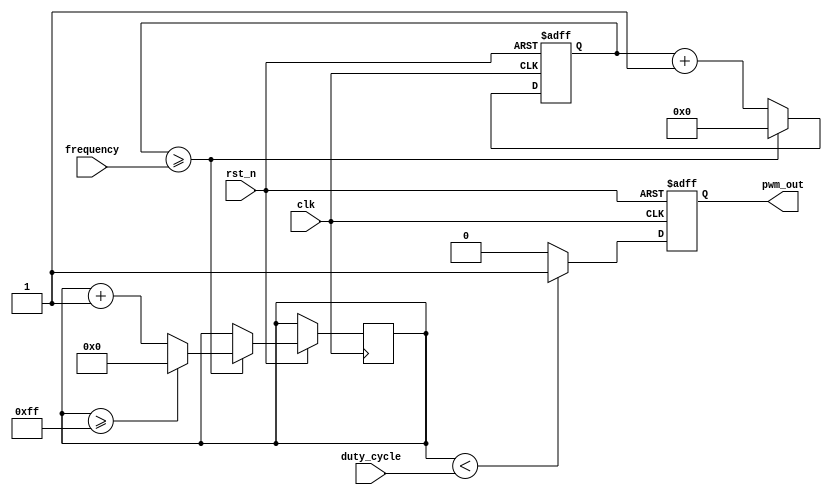
module pwm_generator(
    input wire clk,
    input wire rst_n,
    input wire [7:0] duty_cycle,
    input wire [15:0] frequency,
    output reg pwm_out
);

reg [15:0] counter = 16'd0;
reg [7:0] pwm_counter = 8'd0;

always @(posedge clk or negedge rst_n) begin
    if (~rst_n) begin
        counter <= 16'd0;
        pwm_out <= 1'b0;
    end else begin
        counter <= counter + 1;
        if (counter >= frequency) begin
            counter <= 16'd0;
            pwm_counter <= pwm_counter + 1;
            if (pwm_counter >= 255) begin
                pwm_counter <= 8'd0;
            end
        end
        if (pwm_counter <  duty_cycle) begin
            pwm_out <= 1'b1;
        end else begin
            pwm_out <= 1'b0;
        end
    end
end

endmodule